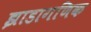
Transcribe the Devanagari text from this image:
झाडागणिक